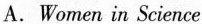
A. Women in Science